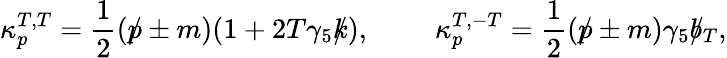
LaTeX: \kappa_{p}^{T,T}=\frac{1}{2}(\rlap/p\pm m)(1+2T\gamma_{5}\rlap/k),\ ~~~~~~~\ \kappa_{p}^{T,-T}=\frac{1}{2}(\rlap/p\pm m)\gamma_{5}\rlap/b_{T},